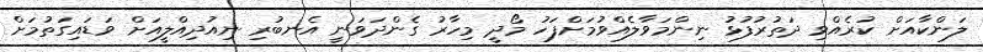
ލަންކާއަށް ކުރެއްވި ދަތުރުފުޅު ނިންމަވާލެއްވުމަށްފަހު މޯދީ މިހާރު ގެންދަވަނީ އެނބުރި ނިއުދިއްލީއަށް ވަޑައިގަތުމަށް